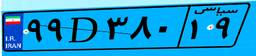
۶۶D۳۰۹۳۱